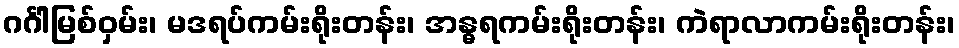
ဂင်္ဂါမြစ်ဝှမ်း၊ မဒရပ်ကမ်းရိုးတန်း၊ အန္ဓရကမ်းရိုးတန်း၊ ကဲရာလာကမ်းရိုးတန်း၊